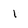
Character: l